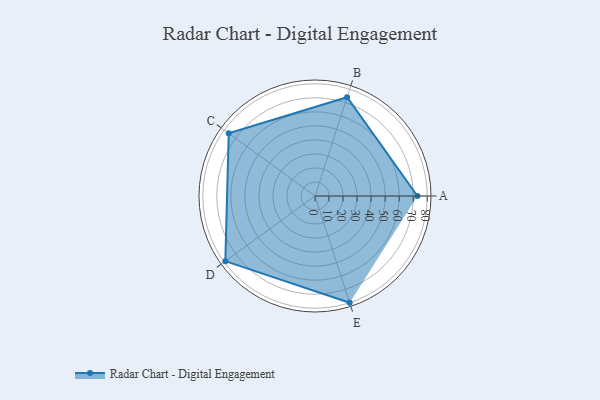
{"axis": {"x": "Skill", "y": "Score"}, "legend": ["Profile"], "data": [{"x": "A", "y": 73.0, "type": "Profile"}, {"x": "B", "y": 74.0, "type": "Profile"}, {"x": "C", "y": 76.0, "type": "Profile"}, {"x": "D", "y": 79.0, "type": "Profile"}, {"x": "E", "y": 80.0, "type": "Profile"}]}